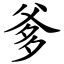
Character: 爹